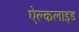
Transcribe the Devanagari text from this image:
ऐल्कलाइड